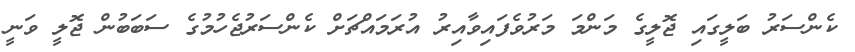
ކެންސަރު ބަލީގައި ޖޮލީގެ މަންމަ މަރުވެފައިވާއިރު އުރަމައްޗަށް ކެންސަރުޖެހުމުގެ ސަބަބުން ޖޮލީ ވަނީ